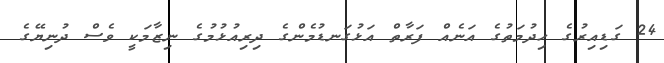
24 ގަޑިއިރުގެ ހިދުމަތުގެ އަނެއް ފަރާތް އަޅުގަނޑުމެންގެ ދިރިއުޅުމުގެ ނިޒާމަކީ ވެސް ދުނިޔޭގެ